system: You are a helpful assistant.
user:
Analyze the provided spectrum to determine if it is a **M-type Giant (gM)**.

A M-type Giant spectrum is defined by its **strong molecular absorption** features, particularly from **Titanium Oxide (TiO)**. You must check for one of the following mutually exclusive signatures:

- **Key Visual Indicators (Absorption-Dominated Spectrum):**

    - **(Primary):** The spectrum is dominated by strong molecular absorption from **Titanium Oxide (TiO)**. This is the **defining feature** of its M-type temperature class.
        - **(Key Bandheads):** Look for sharp, "saw-tooth" absorption valleys. The strongest are located near **~7050 Å**, **~6160 Å**, and **~5170 Å**.
        - **(Line Profile):** The "saw-tooth" morphology is critical: a **sharp, steep drop on the BLUE (short-wavelength) side** of the bandhead, followed by a gradual recovery (rising flux) towards the RED (long-wavelength) side.

    - **(Key Confirmation - Giant vs. Dwarf):** **ABSENCE** of strong **Calcium Hydride (CaH)** molecular bands. This is the primary diagnostic for *excluding* M-dwarfs.
        - **(Key Region):** The spectrum should lack the strong, broad absorption band seen in dwarfs between **~6800 Å and ~7000 Å**.

    - **(Secondary Confirmation - Giant):** A very strong and broad **Neutral Calcium (Ca I)** atomic absorption line.
        - **(Key Line):** Located at **~4226 Å**. In a giant (gM), this line is significantly deeper and broader than the same line in an M-dwarf (dM) due to low surface gravity.

    - **(Overall Spectrum):**
        - The continuum is **extremely red-sloping** (i.e., flux is very low in the blue and rises dramatically towards the red).
        - The entire spectrum appears "chopped up" by the deep TiO bands.

Think first, call **spectral_visualization_tool** if needed to examine features in detail, then provide your final answer. Your response must adhere to the following strict rules:
1.  **Overall Structure:** Your response must follow the format `<think>...</think> <tool_call>...</tool_call> (if a tool is used) <answer>...</answer>`.
2.  **Tool Usage Constraint:** You may only make **one** tool call per turn.
3.  **Final Answer Format:** In the `<answer>` tag, your conclusion must be inside a `\boxed{}` command (e.g., `\boxed{YES}` or `\boxed{NO}`), followed by your justification.

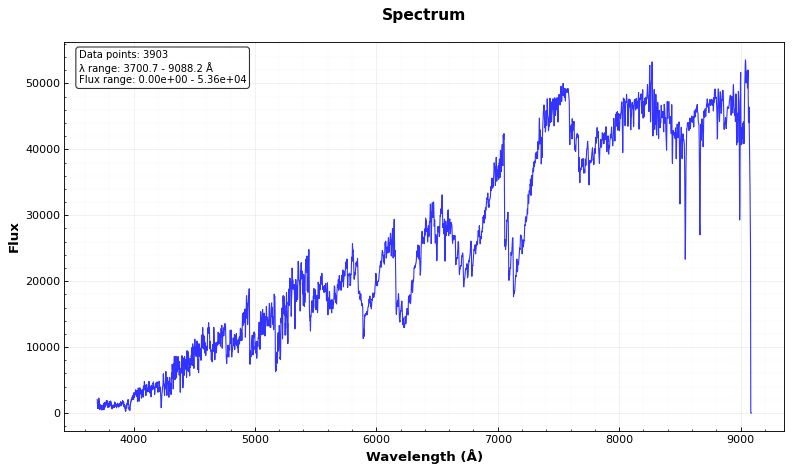
Answer: YES